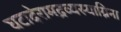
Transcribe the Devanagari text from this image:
घटादेरामद्रव्यस्याग्निना